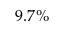
9 . 7 \%